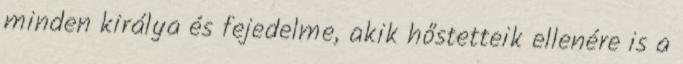
minden királya és fejedelme, akik hőstetteik ellenére is a